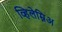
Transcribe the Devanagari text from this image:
व्हिलेम्निअ